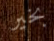
بخير